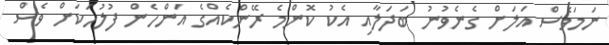
ނަމަވެސް އަލަށް ގެނެވުނު ބަދަލާއި އެކު ކޮންމެ ރޭންކެއްގެ އަންހެން ފުލުހަކަށް ވެސް